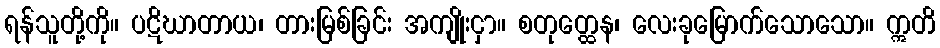
ရန်သူတို့ကို။ ပဋိဃာတာယ၊ တားမြစ်ခြင်း အကျိုးငှာ။ စတုတ္ထေန၊ လေးခုမြောက်သောသော။ ဣတိ